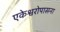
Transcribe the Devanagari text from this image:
एकेश्वरोपासना